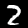
Digit: 2